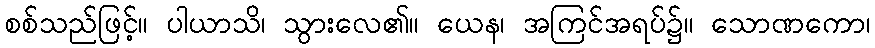
စစ်သည်ဖြင့်။ ပါယာသိ၊ သွားလေ၏။ ယေန၊ အကြင်အရပ်၌။ သောဏကော၊